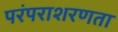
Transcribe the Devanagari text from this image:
परंपराशरणता